Civil Veterinary Department. United Provinces 1923-31 - 1923-1931
Year: 1923
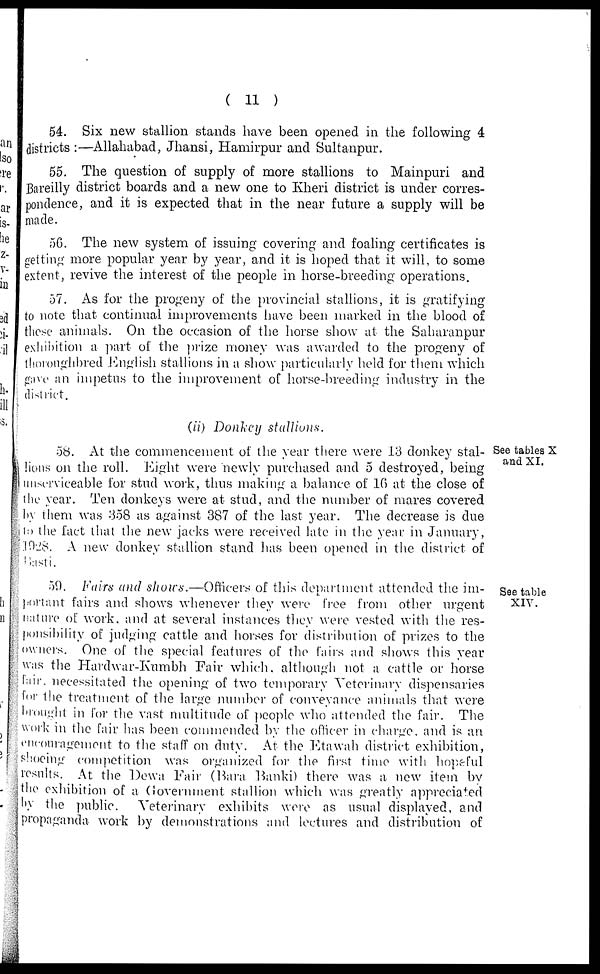
(11)
54. Six new stallion stands have been opened in the following 4
districts :—Allahabad, Jhansi, Hamirpur and Sultanpur.
55. The question of supply of more stallions to Mainpuri and
Bareilly district boards and a new one to Kheri district is under corres-
pondence, and it is expected that in the near future a supply will be
made.
56. The new system of issuing covering and foaling certificates is
getting more popular year by year, and it is hoped that it will, to some
extent, revive the interest of the people in horse-breeding operations.
57. As for the progeny of the provincial stallions, it is gratifying
to note that continual improvements have been marked in the blood of
these animals. On the occasion of the horse show at the Saharanpur
exhibition a part of the prize money was awarded to the progeny of
thoroughbred English stallions in a show particularly held for them which
gave an impetus to the improvement of horse-breeding industry in the
district.
(ii) Donkey stallions.
See tables X
and XI.
58. At the commencement of the year there were 13 donkey stal-
lions on the roll. Eight were newly purchased and 5 destroyed, being
unserviceable for stud work, thus making a balance of 10 at the close of
the year. Ten donkeys were at stud, and the number of mares covered
by them was 358 as against 387 of the last year. The decrease is due
to the fact that the new jacks were received late in the year in January,
1928. A new donkey stallion stand has been opened in the district of
Basti.
See table
XIV.
59. Fairs and shows.—Officers of this department attended the im-
portant fairs and shows whenever they were free from other urgent
nature of work, and at several instances they were vested with the res-
ponsibility of judging cattle and horses for distribution of prizes to the
owners. One of the special features of the fairs and shows this year
was the Hardwar-Kumbh Fair which, although not a cattle or horse
fair, necessitated the opening of two temporary Veterinary dispensaries
for the treatment of the large number of conveyance animals that were
brought in for the vast multitude of people who attended the fair. The
work in the fair has been commended by the officer in charge, and is an
encouragement to the staff on duty. At the Etawah district exhibition,
shoeing competition was organized for the first time with hopeful
results. At the Dewa Fair (Bara Banki) there was a new item by
the exhibition of a Government stallion which was greatly appreciated
by the public. Veterinary exhibits were as usual displayed, and
propaganda work by demonstrations and lectures and distribution of